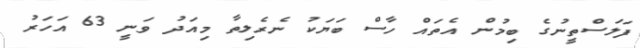
ފަލަސްތީނުގެ ބިމުން އެތައް ހާސް ބަޔަކު ނެރެލިތާ މިއަދު ވަނީ 63 އަހަރު